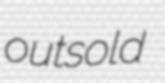
outsold